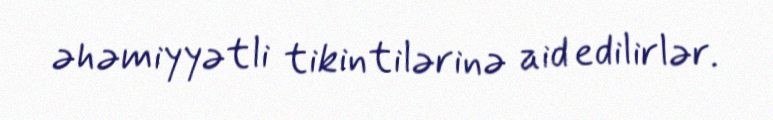
əhəmiyyətli tikintilərinə aid edilirlər.